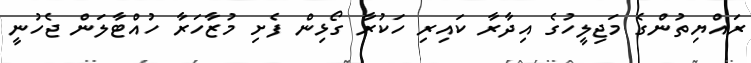
ރައްޔިތުންގެ މަޖިލީހުގެ އިދާރާ ކައިރި ހަކުރާ ގޯޅިން ފެށި މުޒާހަރާ ހުއްޓާލަން ޖެހުނީ